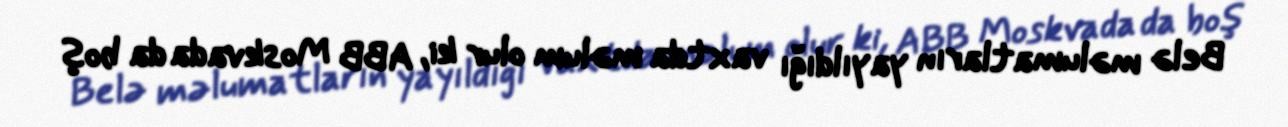
Belə məlumatların yayıldığı vaxtda məlum olur ki, ABB Moskvada da boş